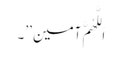
اَللَّھُمَّ آمین ’’۔